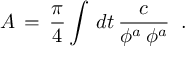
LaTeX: { \cal A } \, = \, \frac { \pi } { 4 } \int \, d t \, { \frac { c } { \phi ^ { a } \, \phi ^ { a } } } \; \; .